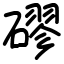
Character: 磟